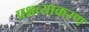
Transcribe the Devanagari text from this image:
प्रश्नव्याकरण